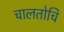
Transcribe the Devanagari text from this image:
चालतोचि